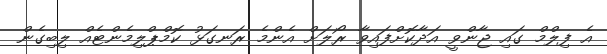
އެ ފިލްމް ގައި ޖާންވީ އަދާކޮށްފައިވާ ރޯލަށް އެންމެ ރަނގަޅު ކޮމްޕްލިމެންޓެއް ލިބިގެން